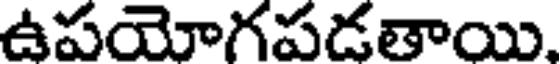
ఉపయోగపడతాయి.